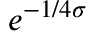
e ^ { - 1 / 4 \sigma }